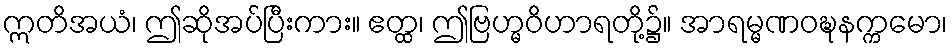
ဣတိအယံ၊ ဤဆိုအပ်ပြီးကား။ ဧတ္ထ၊ ဤဗြဟ္မဝိဟာရတို့၌။ အာရမ္မဏဝဍ္ဎနက္ကမော၊